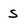
Character: s